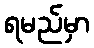
ရမည်မှာ